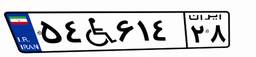
۵۴W۶۱۴۲۸